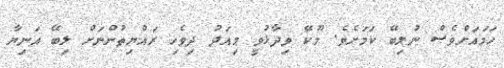
ހަމައަށްވެސް ނުލިބޭ ކަމަށެވެ. މޫކޭ ވިދާޅުވީ މިއަދު ދިވެހި ރައްޔިތުންނަށް ލިބޭ އަނިޔާ